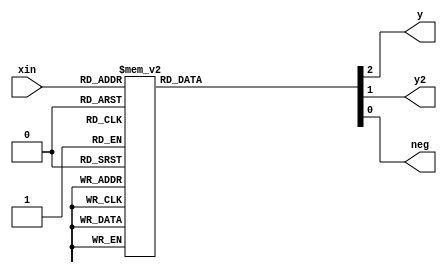
`timescale 1ns / 1ps


module top(xin, y, y2,neg);
    input[2:0] xin;
    output y, y2, neg;

    reg[2:0] tmp;
    assign y = tmp[2];
    assign y2 = tmp[1];
    assign neg = tmp[0];
    
    always@(xin) begin
        case(xin)
            0 : tmp = 3'b000;
            1, 2 : tmp = 3'b100;
            3 : tmp = 3'b010;
            4 : tmp = 3'b011;
            5, 6 : tmp = 3'b101;
            7 : tmp = 3'b001;
        endcase
    end
endmodule